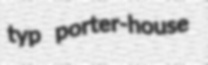
typ porter-house